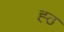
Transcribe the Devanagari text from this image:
ह्ठ